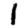
Digit: 1